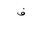
Letter: _fa